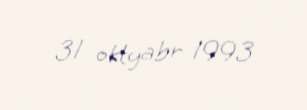
31 oktyabr 1993